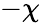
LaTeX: -\chi